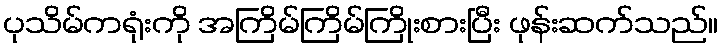
ပုသိမ်ကရုံးကို အကြိမ်ကြိမ်ကြိုးစားပြီး ဖုန်းဆက်သည်။